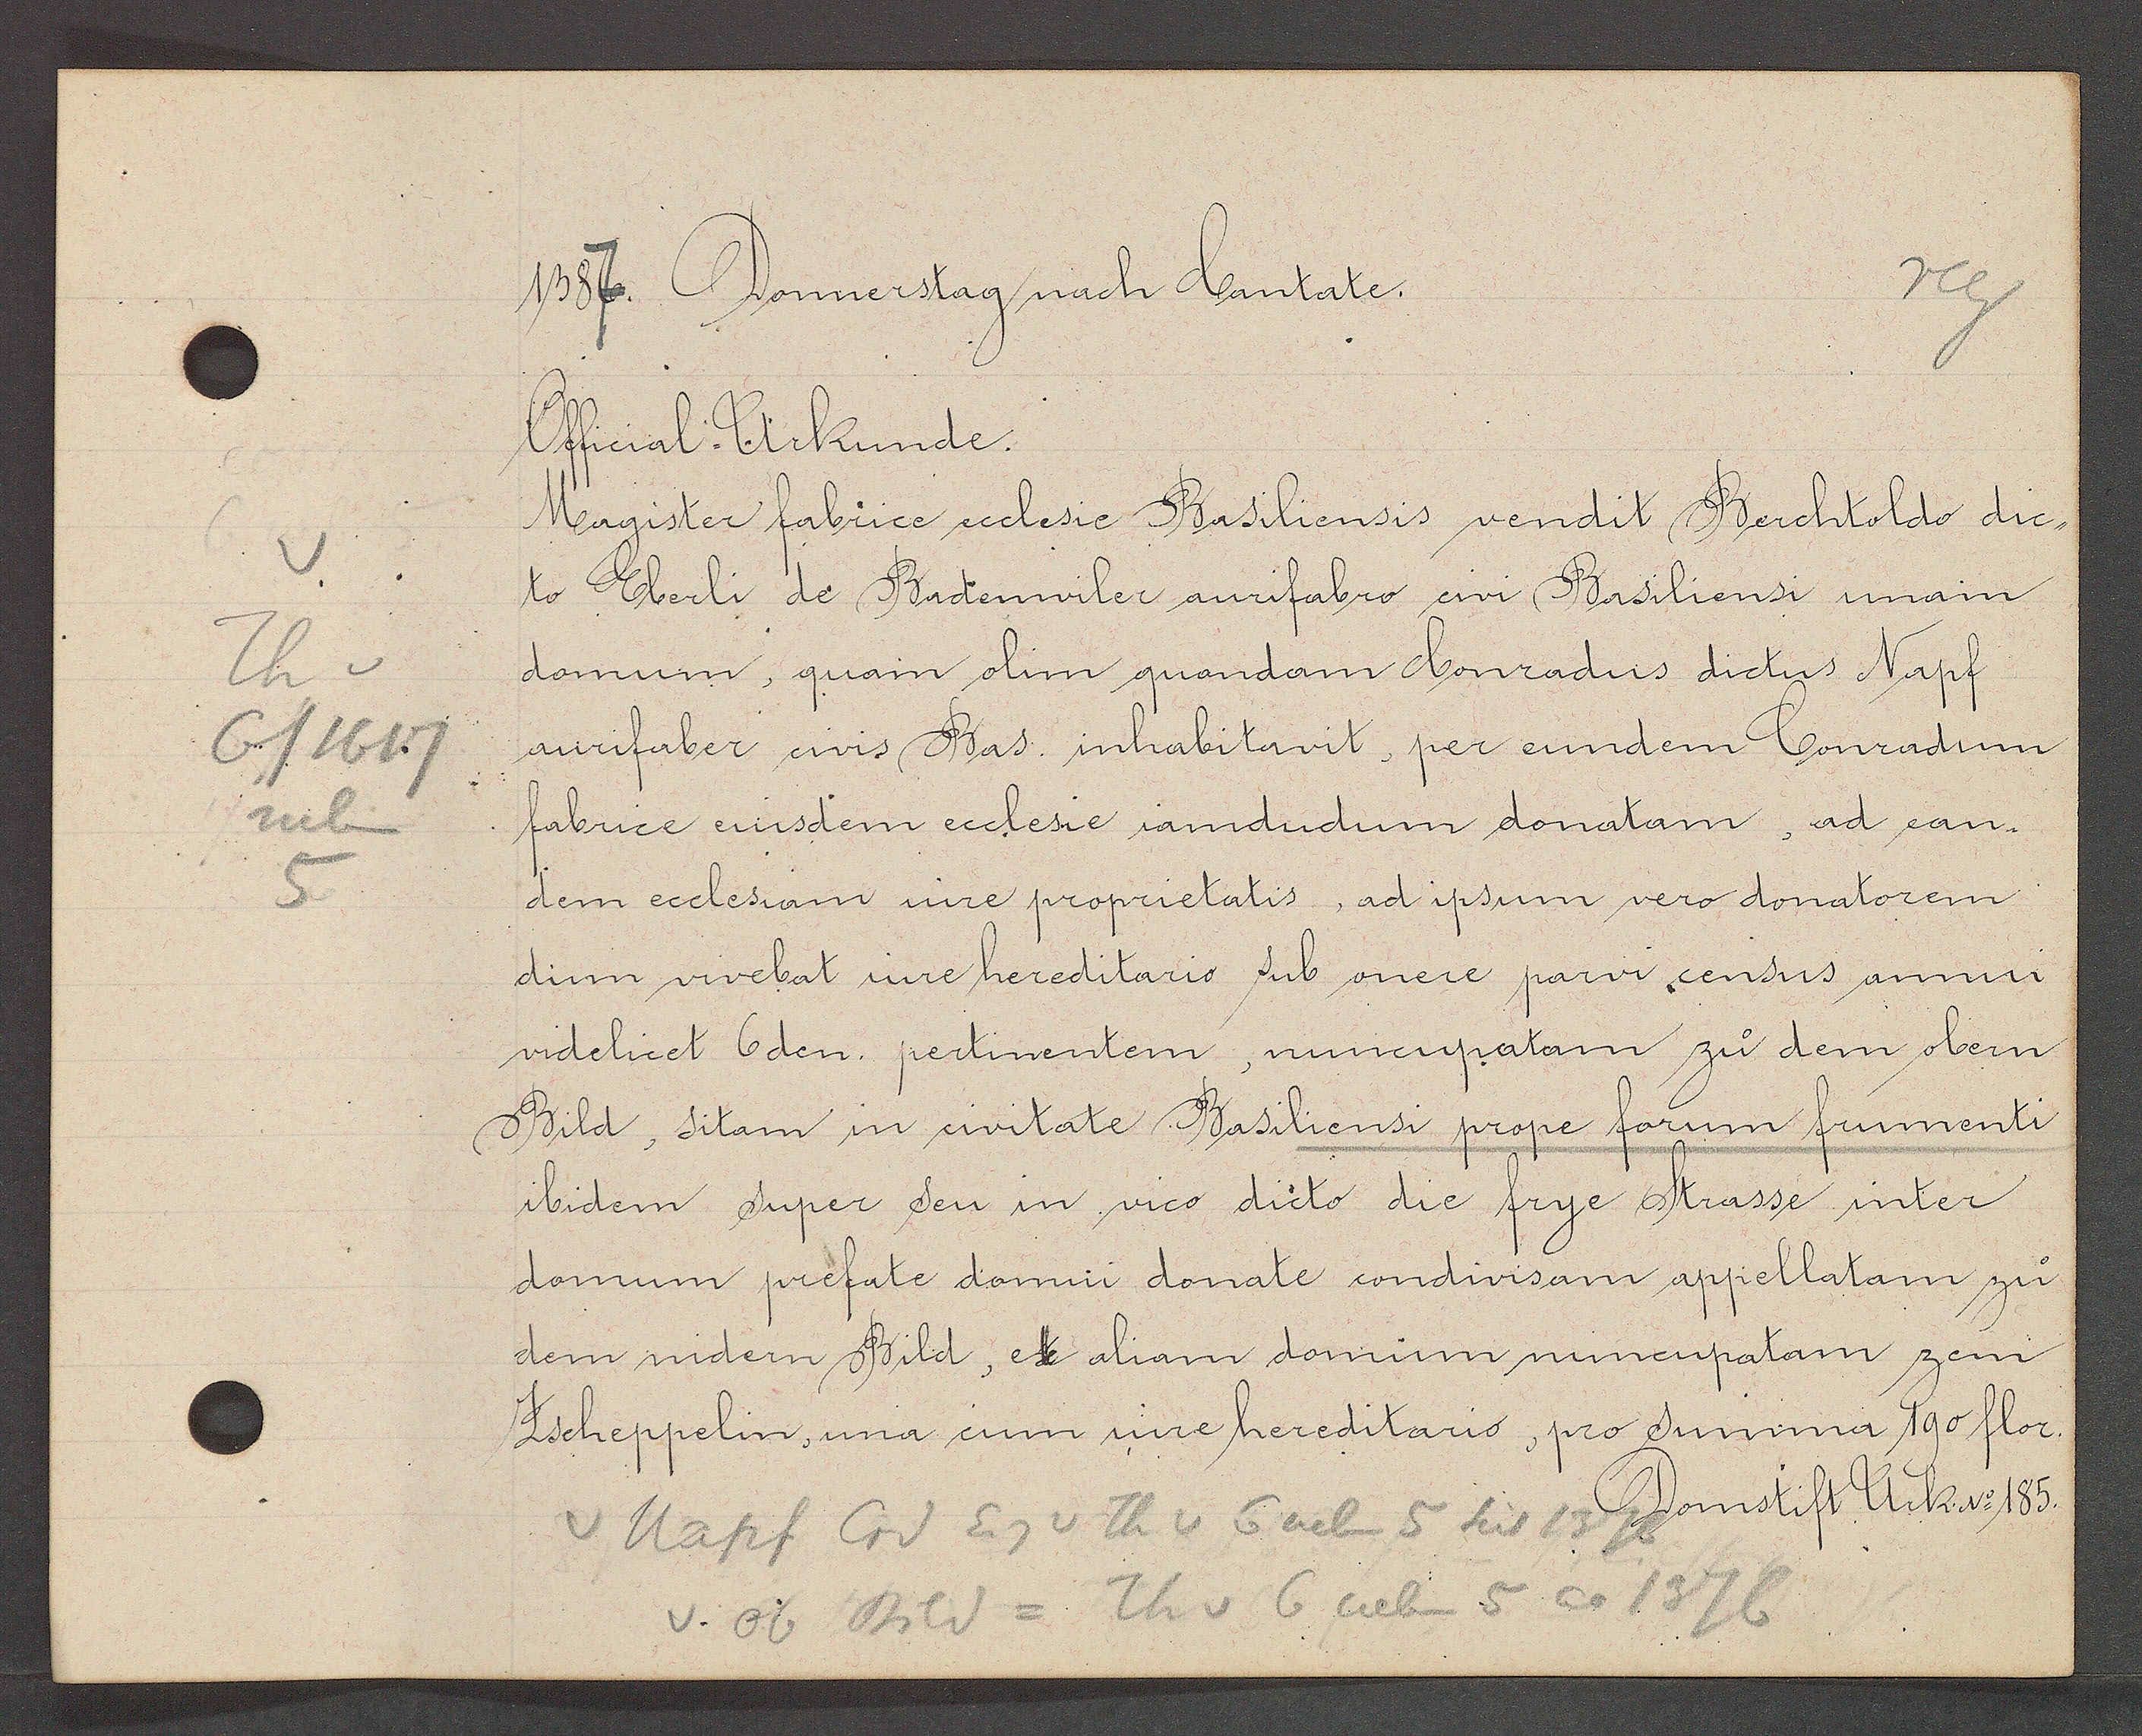
Transcript:
Th v
6/1617
neben
5

reg
1387 Donnerstag nach Cantate.
Official-Urkunde
Magister fabrice ecclesie Basiliensis vendit Berchtoldo dic-
to Eberli de Badenwiler aurifabro civi Basiliensi unam
domum, quam olim quondam Conradus dictus Napf
aurifaber civis Bas. inhabitavit, per eundem Conradum
fabrice eiusdem ecclesie iamdudum donatam, ad ean-
dem ecclesiam iure proprietatis, ad ipsum vero donatorem
dum vivebat iure hereditario sub onere parvi census annui
videlicet 6den. pertinentem, nuncupatam zu dem obern
Bild, sitam in civitate Basiliensi prope forum frumenti
ibidem super sen in vico dicto die frye Strasse inter
domum prefate domui donate condivisam appellatam zu
dem nidern Bild, et aliam domum nuncupatam zem
Zscheppelin, una cum iure hereditario, pro Summa 190 flor.
Napf Crd Eg v Th v 5 neben 5 bis 1376 Domstift Urk No 185.
v. Ob Bild = Th v 6 neben 5 ao 1376